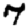
Digit: 7